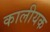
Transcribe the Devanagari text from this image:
कालीयक